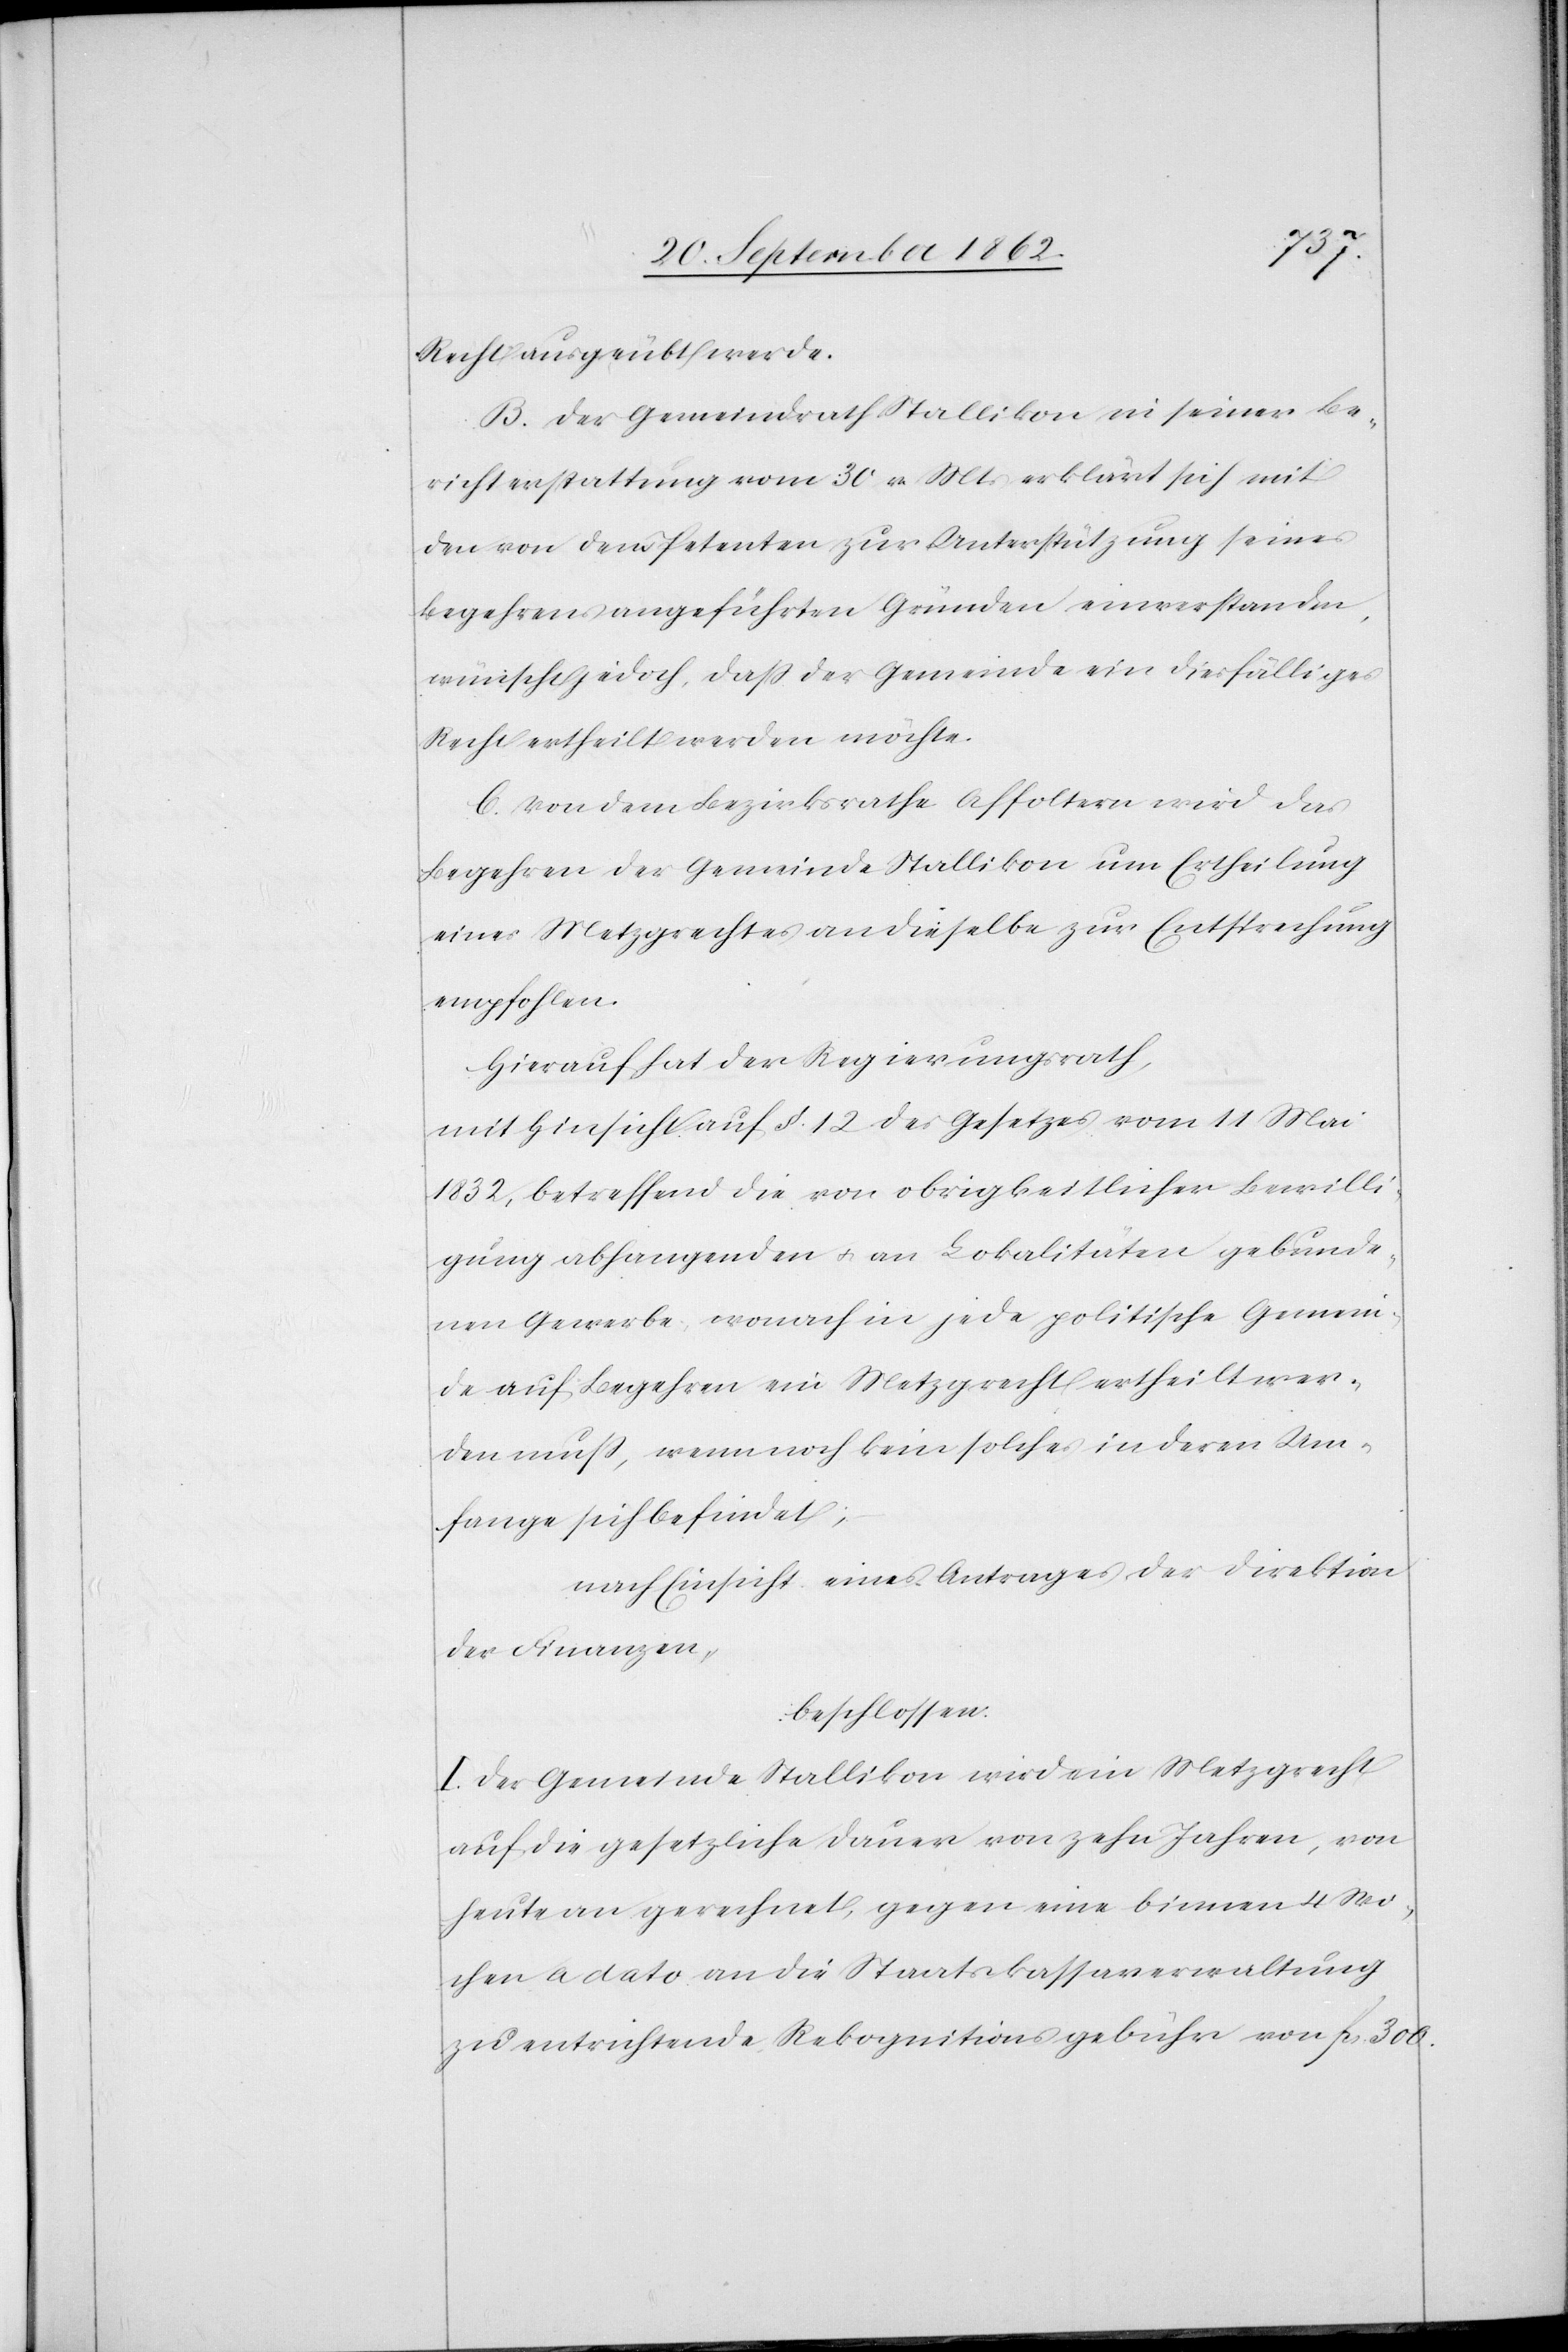
Recht ausgeübt werde.
B. Der Gemeindrath Stallikon in seiner Be¬
richterstattung vom 30. v. Mts. erklärt sich mit
den von dem Petenten zur Unterstützung seines
Begehrens angeführten Gründen einverstanden,
wünscht jedoch, daß der Gemeinde ein diesfälliges
Recht ertheilt werden möchte.
C. Von dem Bezirksrathe Affoltern wird das
Begehren der Gemeinde Stallikon um Ertheilung
eines Metzgrechtes an dieselbe zur Entsprechung
empfohlen.
Hierauf hat der Regierungsrath,
mit Hinsicht auf §. 12 des Gesetzes vom 11. Mai
1832, betreffend die von obrigkeitlicher Bewilli¬
gung abhangenden u. an Lokalitäten gebunde¬
nem Gewerbe, wonach in jede politische Gemein¬
de auf Begehren ein Metzgrecht ertheilt wer¬
den muß, wenn noch kein solches in deren Um¬
fange sich befindet;
nach Einsicht eines Antrages der Direktion
der Finanzen,
beschlossen:
I. Der Gemeinde Stallikon wird ein Metzgrecht
auf die gesetzliche Dauer von zehn Jahren, von
heute an gerechnet, gegen eine binnen 4 Wo¬
chen a dato an die Staatskassaverwaltung
zu entrichtende Rekognitionsgebühr von fcs. 300.